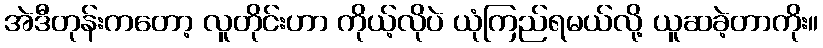
အဲဒီတုန်းကတော့ လူတိုင်းဟာ ကိုယ့်လိုပဲ ယုံကြည်ရမယ်လို့ ယူဆခဲ့တာကိုး။